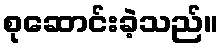
စုဆောင်းခဲ့သည်။